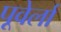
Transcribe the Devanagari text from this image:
पूवेर्ला